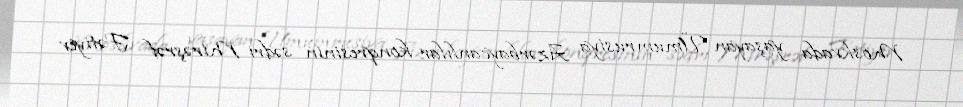
Moskvada yaşayan Ümumrusiya Azərbaycanlılar konqresinin sədri Mirəşrəf Fətiyev